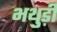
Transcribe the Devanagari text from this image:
भथुड़ी